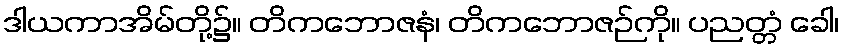
ဒါယကာအိမ်တို့၌။ တိကဘောဇနံ၊ တိကဘောဇဉ်ကို။ ပညတ္တံ ခေါ၊